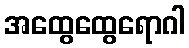
အထွေထွေရောဂါ